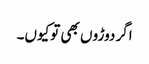
اگر دوڑو ں بھی توکیوں۔